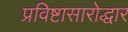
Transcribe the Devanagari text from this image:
प्रविष्टासारोद्धार